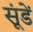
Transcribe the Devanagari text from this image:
सूंडें